Suggestions for procedure with regard to school attendance under the Education (Scotland) Act, 1936, sections 1 to 3 and 5, 1936
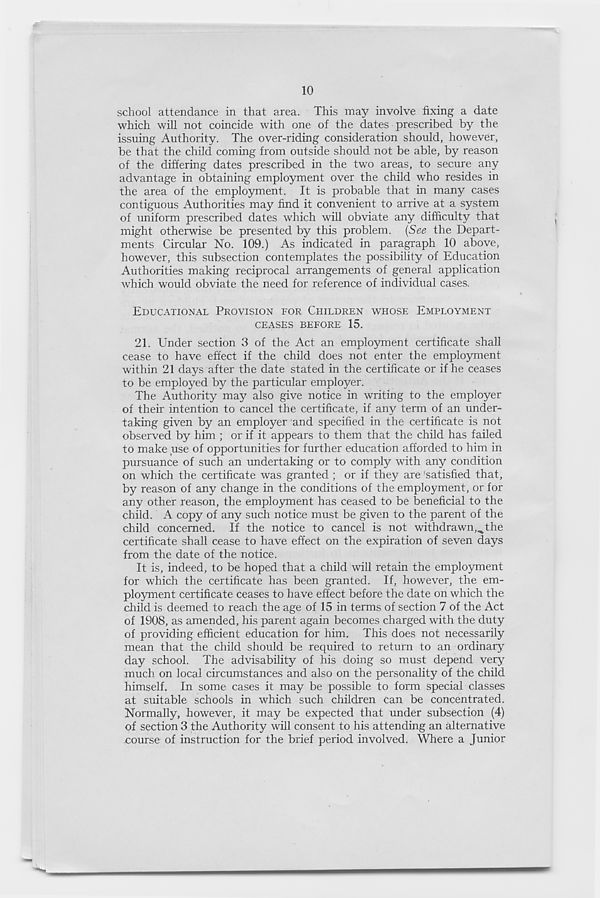
10
school attendance in that area. This may involve fixing a date
which will not coincide with one of the dates prescribed by the
issuing Authority. The over-riding consideration should, however,
be that the child coming from outside should not be able, by reason
of the differing dates prescribed in the two areas, to secure any
advantage in obtaining employment over the child who resides in
the area of the employment. It is probable that in many cases
contiguous Authorities may find it convenient to arrive at a system
of uniform prescribed dates which will obviate any difficulty that
might otherwise be presented by this problem. (See the Depart-
ments Circular No. 109.) As indicated in paragraph 10 above,
however, this subsection contemplates the possibility of Education
Authorities making reciprocal arrangements of general application
which would obviate the need for reference of individual cases.
EDUCATIONAL PROVISION FOR CHILDREN WHOSE EMPLOYMENT
CEASES BEFORE 15.
21. Under section 3 of the Act an employment certificate shall
cease to have effect if the child does not enter the employment
within 21 days after the date stated in the certificate or if he ceases
to be employed by the particular employer.
The Authority may also give notice in writing to the employer
of their intention to cancel the certificate, if any term of an under-
taking given by an employer and specified in the certificate is not
observed by him ; or if it appears to them that the child has failed
to make use of opportunities for further education afforded to him in
pursuance of such an undertaking or to comply with any condition
on which the certificate was granted ; or if they are 'satisfied that,
by reason of any change in the conditions of the employment, or for
any other reason, the employment has ceased to be beneficial to the
child. A copy of any such notice must be given to the parent of the
child concerned. If the notice to cancel is not withdrawn,^the
certificate shall cease to have effect on the expiration of seven days
from the date of the notice.
It is, indeed, to be hoped that a child will retain the employment
for which the certificate has been granted. If, however, the em-
ployment certificate ceases to have effect before the date on which the
child is deemed to reach the age of 15 in terms of section 7 of the Act
of 1908, as amended, his parent again becomes charged with the duty
of providing efficient education for him. This does not necessarily
mean that the child should be required to return to an ordinary
day school. The advisability of his doing so must depend very
much on local circumstances and also on the personality of the child
himself. In some cases it may be possible to form special classes
at suitable schools in which such children can be concentrated.
Normally, however, it may be expected that under subsection (4)
of section 3 the Authority will consent to his attending an alternative
course of instruction for the brief period involved. Where a Junior